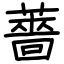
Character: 薔